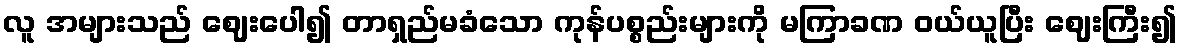
လူ အများသည် ဈေးပေါ၍ တာရှည်မခံသော ကုန်ပစ္စည်းများကို မကြာခဏ ဝယ်ယူပြီး ဈေးကြီး၍